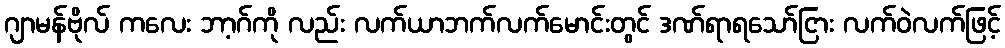
ဂျာမန်ဗိုလ် ကလေး ဘာ့ဂ်ကို လည်း လက်ယာဘက်လက်မောင်းတွင် ဒဏ်ရာရသော်ငြား လက်ဝဲလက်ဖြင့်